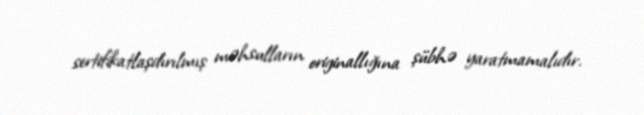
sertifikatlaşdırılmış məhsulların originallığına şübhə yaratmamalıdır.